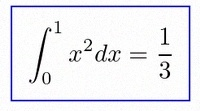
\int_0^1 x^2dx=\frac13